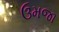
ઉમજા